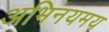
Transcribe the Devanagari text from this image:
अभिनयमय